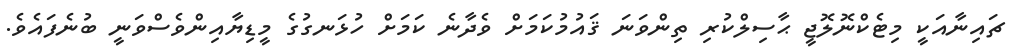
ޗައިނާއަކީ މިޓެކްނޮލޮޖީ ޙާސިލްކުރި ތިންވަނަ ޤައުމުކަމަށް ވެދާނެ ކަމަށް ހުޅަނގުގެ މީޑިޔާއިންވެސްވަނީ ބުނެފައެވެ.